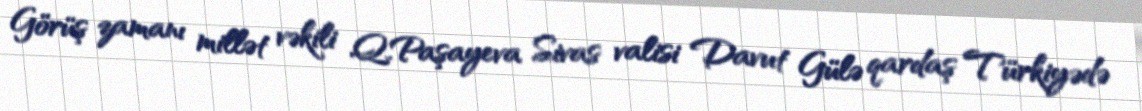
Görüş zamanı millət vəkili Q.Paşayeva Sivas valisi Davut Gülə qardaş Türkiyədə